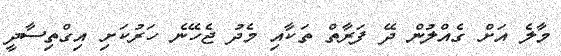
މާލެ އަށް ގެއްލުން ދޭ ފަރާތް ތަކާއި މެދު ޖެހޭނެ ހަރުކަށި އިގްތިސާދީ